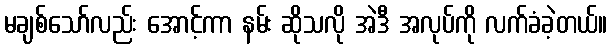
မချစ်သော်လည်း အောင့်ကာ နမ်း ဆိုသလို အဲဒီ အလုပ်ကို လက်ခံခဲ့တယ်။